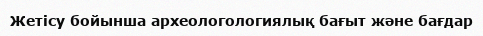
Жетісу бойынша археологологиялық бағыт және бағдар